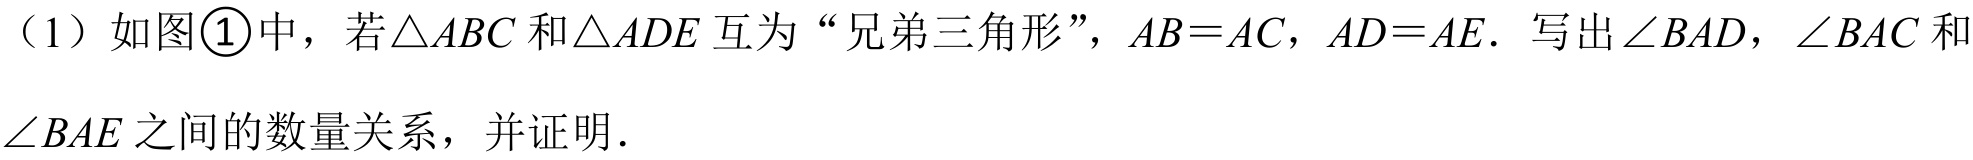
（1）如图\textcircled{1}中，若\(\triangle ABC\)和\(\triangle ADE\)互为“兄弟三角形”，\(AB = AC\)，\(AD = AE\)．写出\(\angle BAD\)，\(\angle BAC\)和\(\angle BAE\)之间的数量关系，并证明．